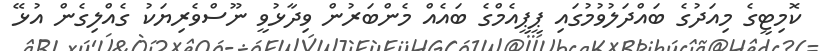
ކޮމިޓީގެ މިއަދުގެ ބައްދަލުވުމުގައި ޕީޕީއެމްގެ ބައެއް މެންބަރުން ވިދާޅުވީ ނޫސްވެރިޔަކު ގެއްލިގެން އުޅޭ